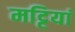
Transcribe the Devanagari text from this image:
मट्टियां